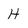
Character: H